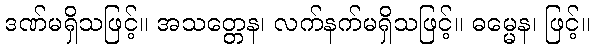
ဒဏ်မရှိသဖြင့်။ အသတ္တေန၊ လက်နက်မရှိသဖြင့်။ ဓမ္မေန၊ ဖြင့်။